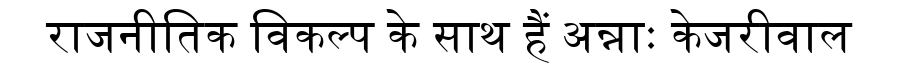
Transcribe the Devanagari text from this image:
राजनीतिक विकल्प के साथ हैं अन्नाः केजरीवाल